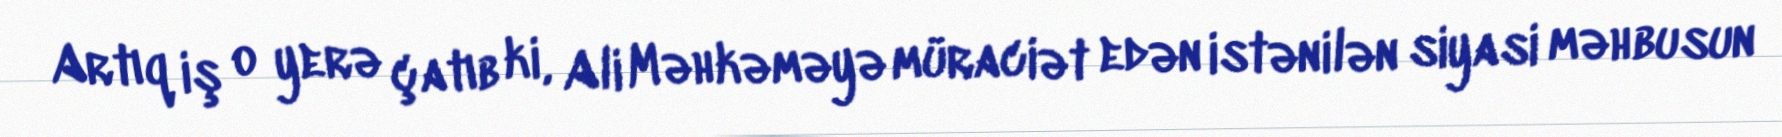
Artıq iş o yerə çatıb ki, Ali Məhkəməyə müraciət edən istənilən siyasi məhbusun